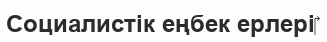
Социалистік еңбек ерлері‎